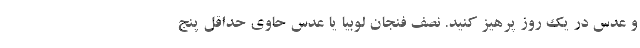
و عدس در یک روز پرهیز کنید. نصف فنجان لوبیا یا عدس حاوی حداقل پنج